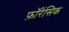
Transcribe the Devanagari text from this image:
फ़ॉरेंसिक